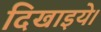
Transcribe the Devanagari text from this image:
दिखाइये।